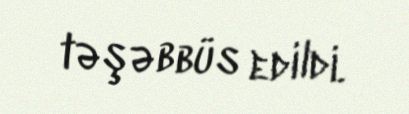
təşəbbüs edildi.